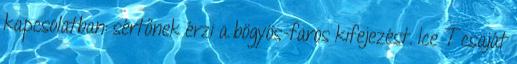
kapcsolatban: sértőnek érzi a bögyös-faros kifejezést. Ice T csaját